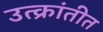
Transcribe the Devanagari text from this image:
उत्क्रांतीत